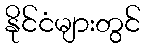
နိုင်ငံများတွင်